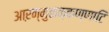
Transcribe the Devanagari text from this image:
आऱन्मुळक्कण्णाटि